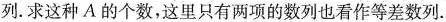
列。求这种A的个数，这里只有两项的数列也看作等差数列。